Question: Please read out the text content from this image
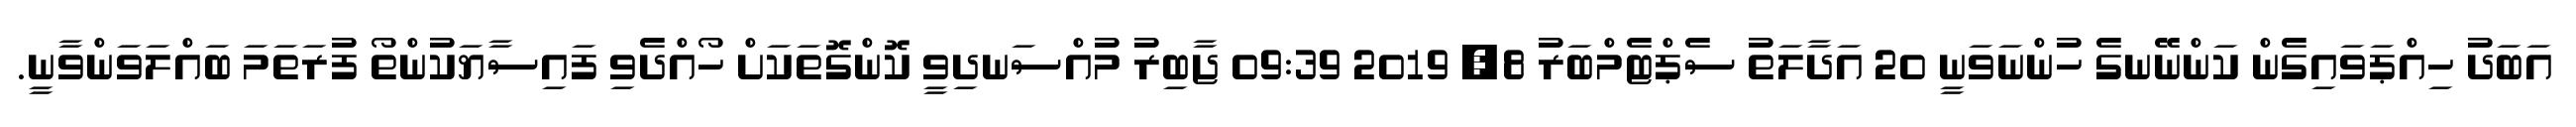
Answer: އަބަދު ހިއްޕަވައިގެން ކަންނޭނގެ ހުންނަވަނީ 20 އަދާލަތު ސެޕްޓެމްބަރު 8, 2019 09:39 ޖާބިރު މުއްސަނދިވީ ކޮންގޮތަކަށް ހޯއްދެވި ފައިސާޔަކުންތޯ ފުރަތަމަ ބައްލަވަންވާނީ.